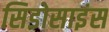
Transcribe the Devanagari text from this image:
सिडोसाइंस